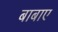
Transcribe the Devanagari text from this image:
बाबाए